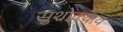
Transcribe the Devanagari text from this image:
सुशोक्याय